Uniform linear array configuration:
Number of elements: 32
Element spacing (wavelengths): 0.5
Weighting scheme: hann
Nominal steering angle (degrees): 30
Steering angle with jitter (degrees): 31.791
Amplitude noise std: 0.05
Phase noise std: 0.05

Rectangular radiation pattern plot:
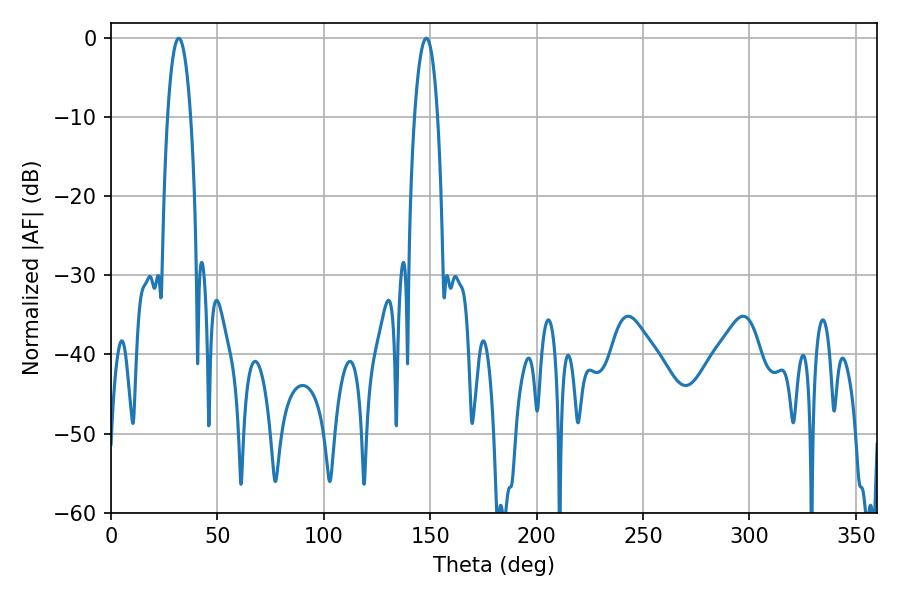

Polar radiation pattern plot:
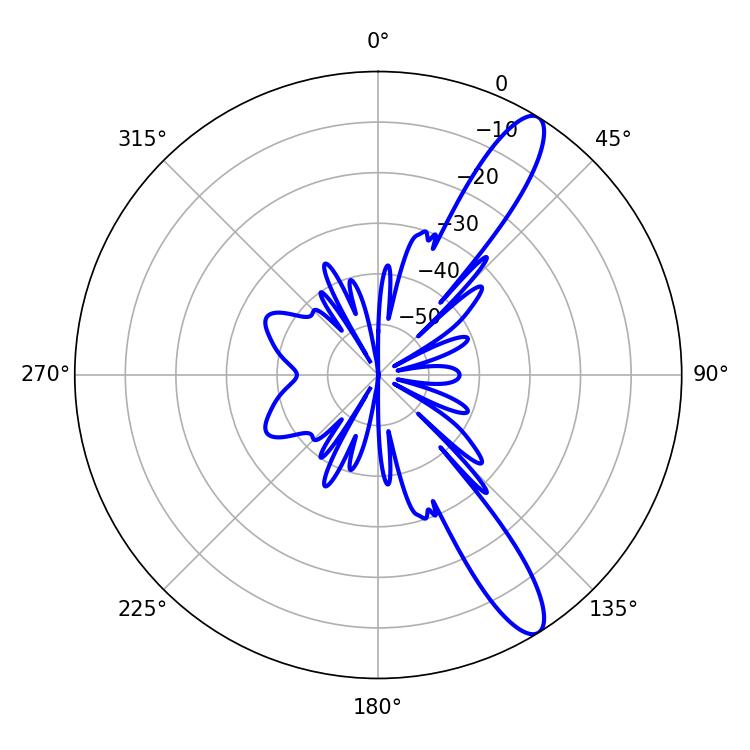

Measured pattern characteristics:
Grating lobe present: FALSE
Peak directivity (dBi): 12.234
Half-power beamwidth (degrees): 6.12
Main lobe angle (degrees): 31.86